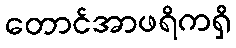
တောင်အာဖရိကရှိ